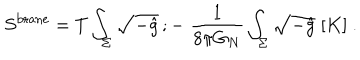
S ^ { \mathrm { b r a n e } } = T \int _ { \Sigma } \sqrt { - \hat { g } } \, ; - \; { \frac { 1 } { 8 \pi G _ { N } } } \int _ { \Sigma } \sqrt { - \hat { g } } \; [ K ] \ .